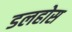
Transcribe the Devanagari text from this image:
डलहोस